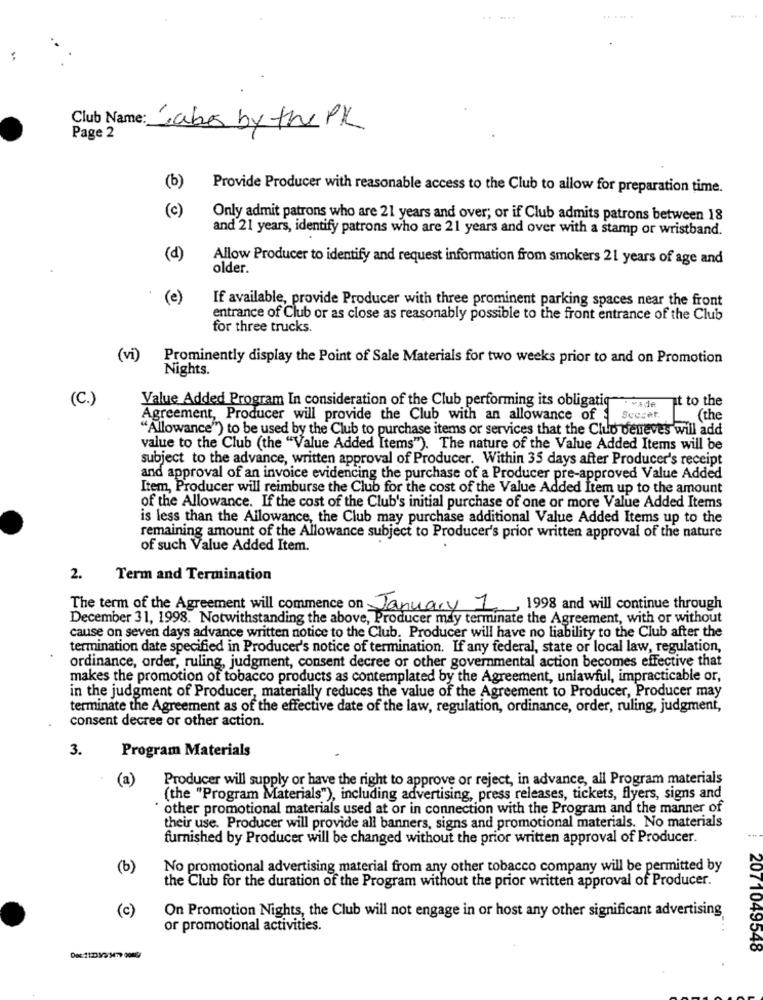
......
....
Club Name: Cabe by the PK
Page 2
(b)
Provide Producer with reasonable access to the Club to allow for preparation time.
(c)
Only admit patrons who are 21 years and over; or if Club admits patrons between 18
and 21 years, identify patrons who are 21 years and over with a stamp or wristband.
(d)
Allow Producer to identify and request information from smokers 21 years of age and
older.
(e)
If available, provide Producer with three prominent parking spaces near the front
entrance of Club or as close as reasonably possible to the front entrance of the Club
for three trucks.
(vi)
Prominently display the Point of Sale Materials for two weeks prior to and on Promotion
Nights.
(C.)
Value Added Program In consideration of the Club performing its obligatig
vade It to the
Agreement, Producer will provide the Club with an allowance of
Secret.
(the
"Allowance") to be used by the Club to purchase items or services that the Club deneves will add
value to the Club (the "Value Added Items"). The nature of the Value Added Items will be
subject to the advance, written approval of Producer. Within 35 days after Producer's receipt
and approval of an invoice evidencing the purchase of a Producer pre-approved Value Added
Item, Producer will reimburse the Club for the cost of the Value Added Item up to the amount
of the Allowance. If the cost of the Club's initial purchase of one or more Value Added Items
is less than the Allowance, the Club may purchase additional Value Added Items up to the
remaining amount of the Allowance subject to Producer's prior written approval of the nature
of such Value Added Item.
2.
Term and Termination
The term of the Agreement will commence on January 1, 1998 and will continue through
December 31, 1998. Notwithstanding the above, Producer may terminate the Agreement, with or without
cause on seven days advance written notice to the Club. Producer will have no liability to the Club after the
termination date specified in Producer's notice of termination. If any federal, state or local law, regulation,
ordinance, order, ruling, judgment, consent decree or other governmental action becomes effective that
makes the promotion of tobacco products as contemplated by the Agreement, unlawful, impracticable or,
in the judgment of Producer, materially reduces the value of the Agreement to Producer, Producer may
terminate the Agreement as of the effective date of the law, regulation, ordinance, order, ruling, judgment,
consent decree or other action.
3.
Program Materials
(a)
Producer will supply or have the right to approve or reject, in advance, all Program materials
(the "Program Materials"), including advertising, press releases, tickets, flyers, signs and
other promotional materials used at or in connection with the Program and the manner of
their use. Producer will provide all banners, signs and promotional materials. No materials
furnished by Producer will be changed without the prior written approval of Producer.
(b)
No promotional advertising material from any other tobacco company will be permitted by
the Club for the duration of the Program without the prior written approval of Producer.
(c)
On Promotion Nights, the Club will not engage in or host any other significant advertising
or promotional activities.
2071049548